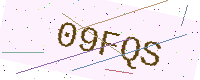
Text: 09FQS